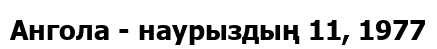
Ангола - наурыздың 11, 1977